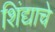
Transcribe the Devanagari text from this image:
शिंद्याचे